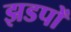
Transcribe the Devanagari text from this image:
झडपों